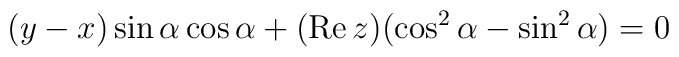
(y-x) \sin \alpha \cos \alpha + (\mbox{Re} \, z) (\cos^2 \alpha - \sin^2 \alpha ) = 0